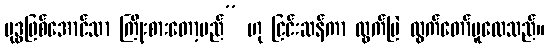
ဗုဒ္ဓဖြစ်အောင်သာ ကြိုးစားတော့မည်” ဟု ငြင်းဆန်ကာ ထွက်မြဲ ထွက်တော်မူလေသည်။